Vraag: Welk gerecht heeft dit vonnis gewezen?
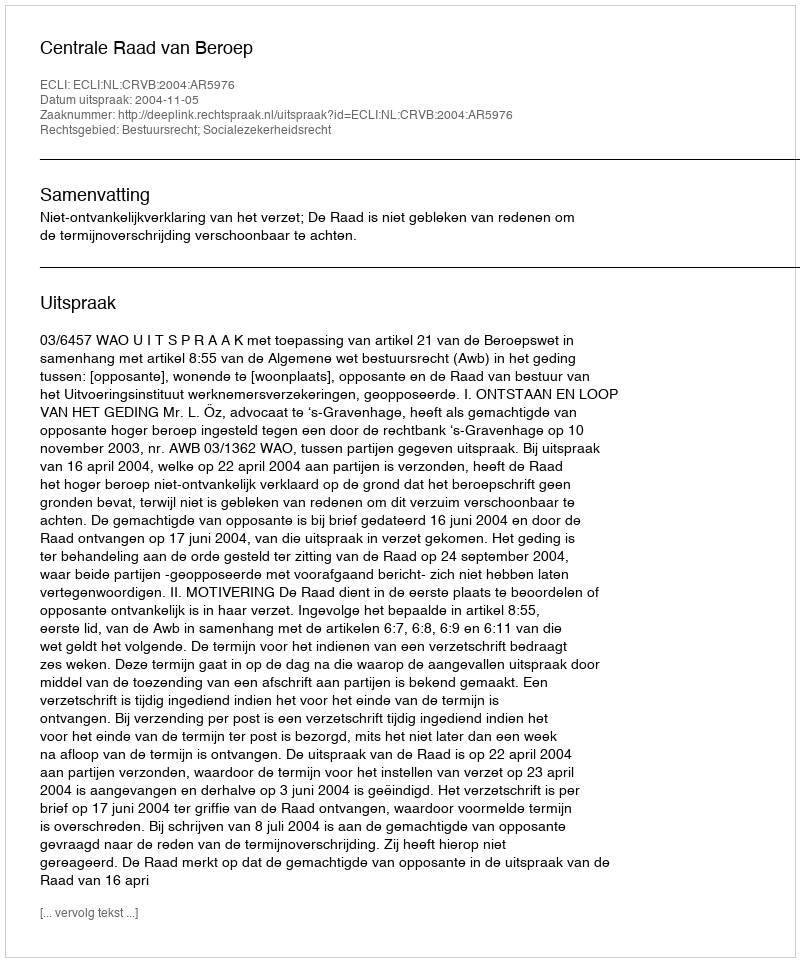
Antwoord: Centrale Raad van Beroep